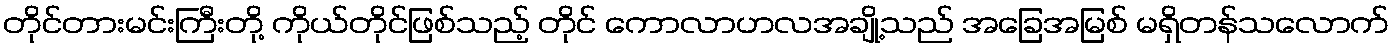
တိုင်တားမင်းကြီးတို့ ကိုယ်တိုင်ဖြစ်သည့် တိုင် ကောလာဟလအချို့သည် အခြေအမြစ် မရှိတန်သလောက်